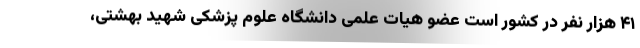
۴۱ هزار نفر در کشور است عضو هیات علمی دانشگاه علوم پزشکی شهید بهشتی،